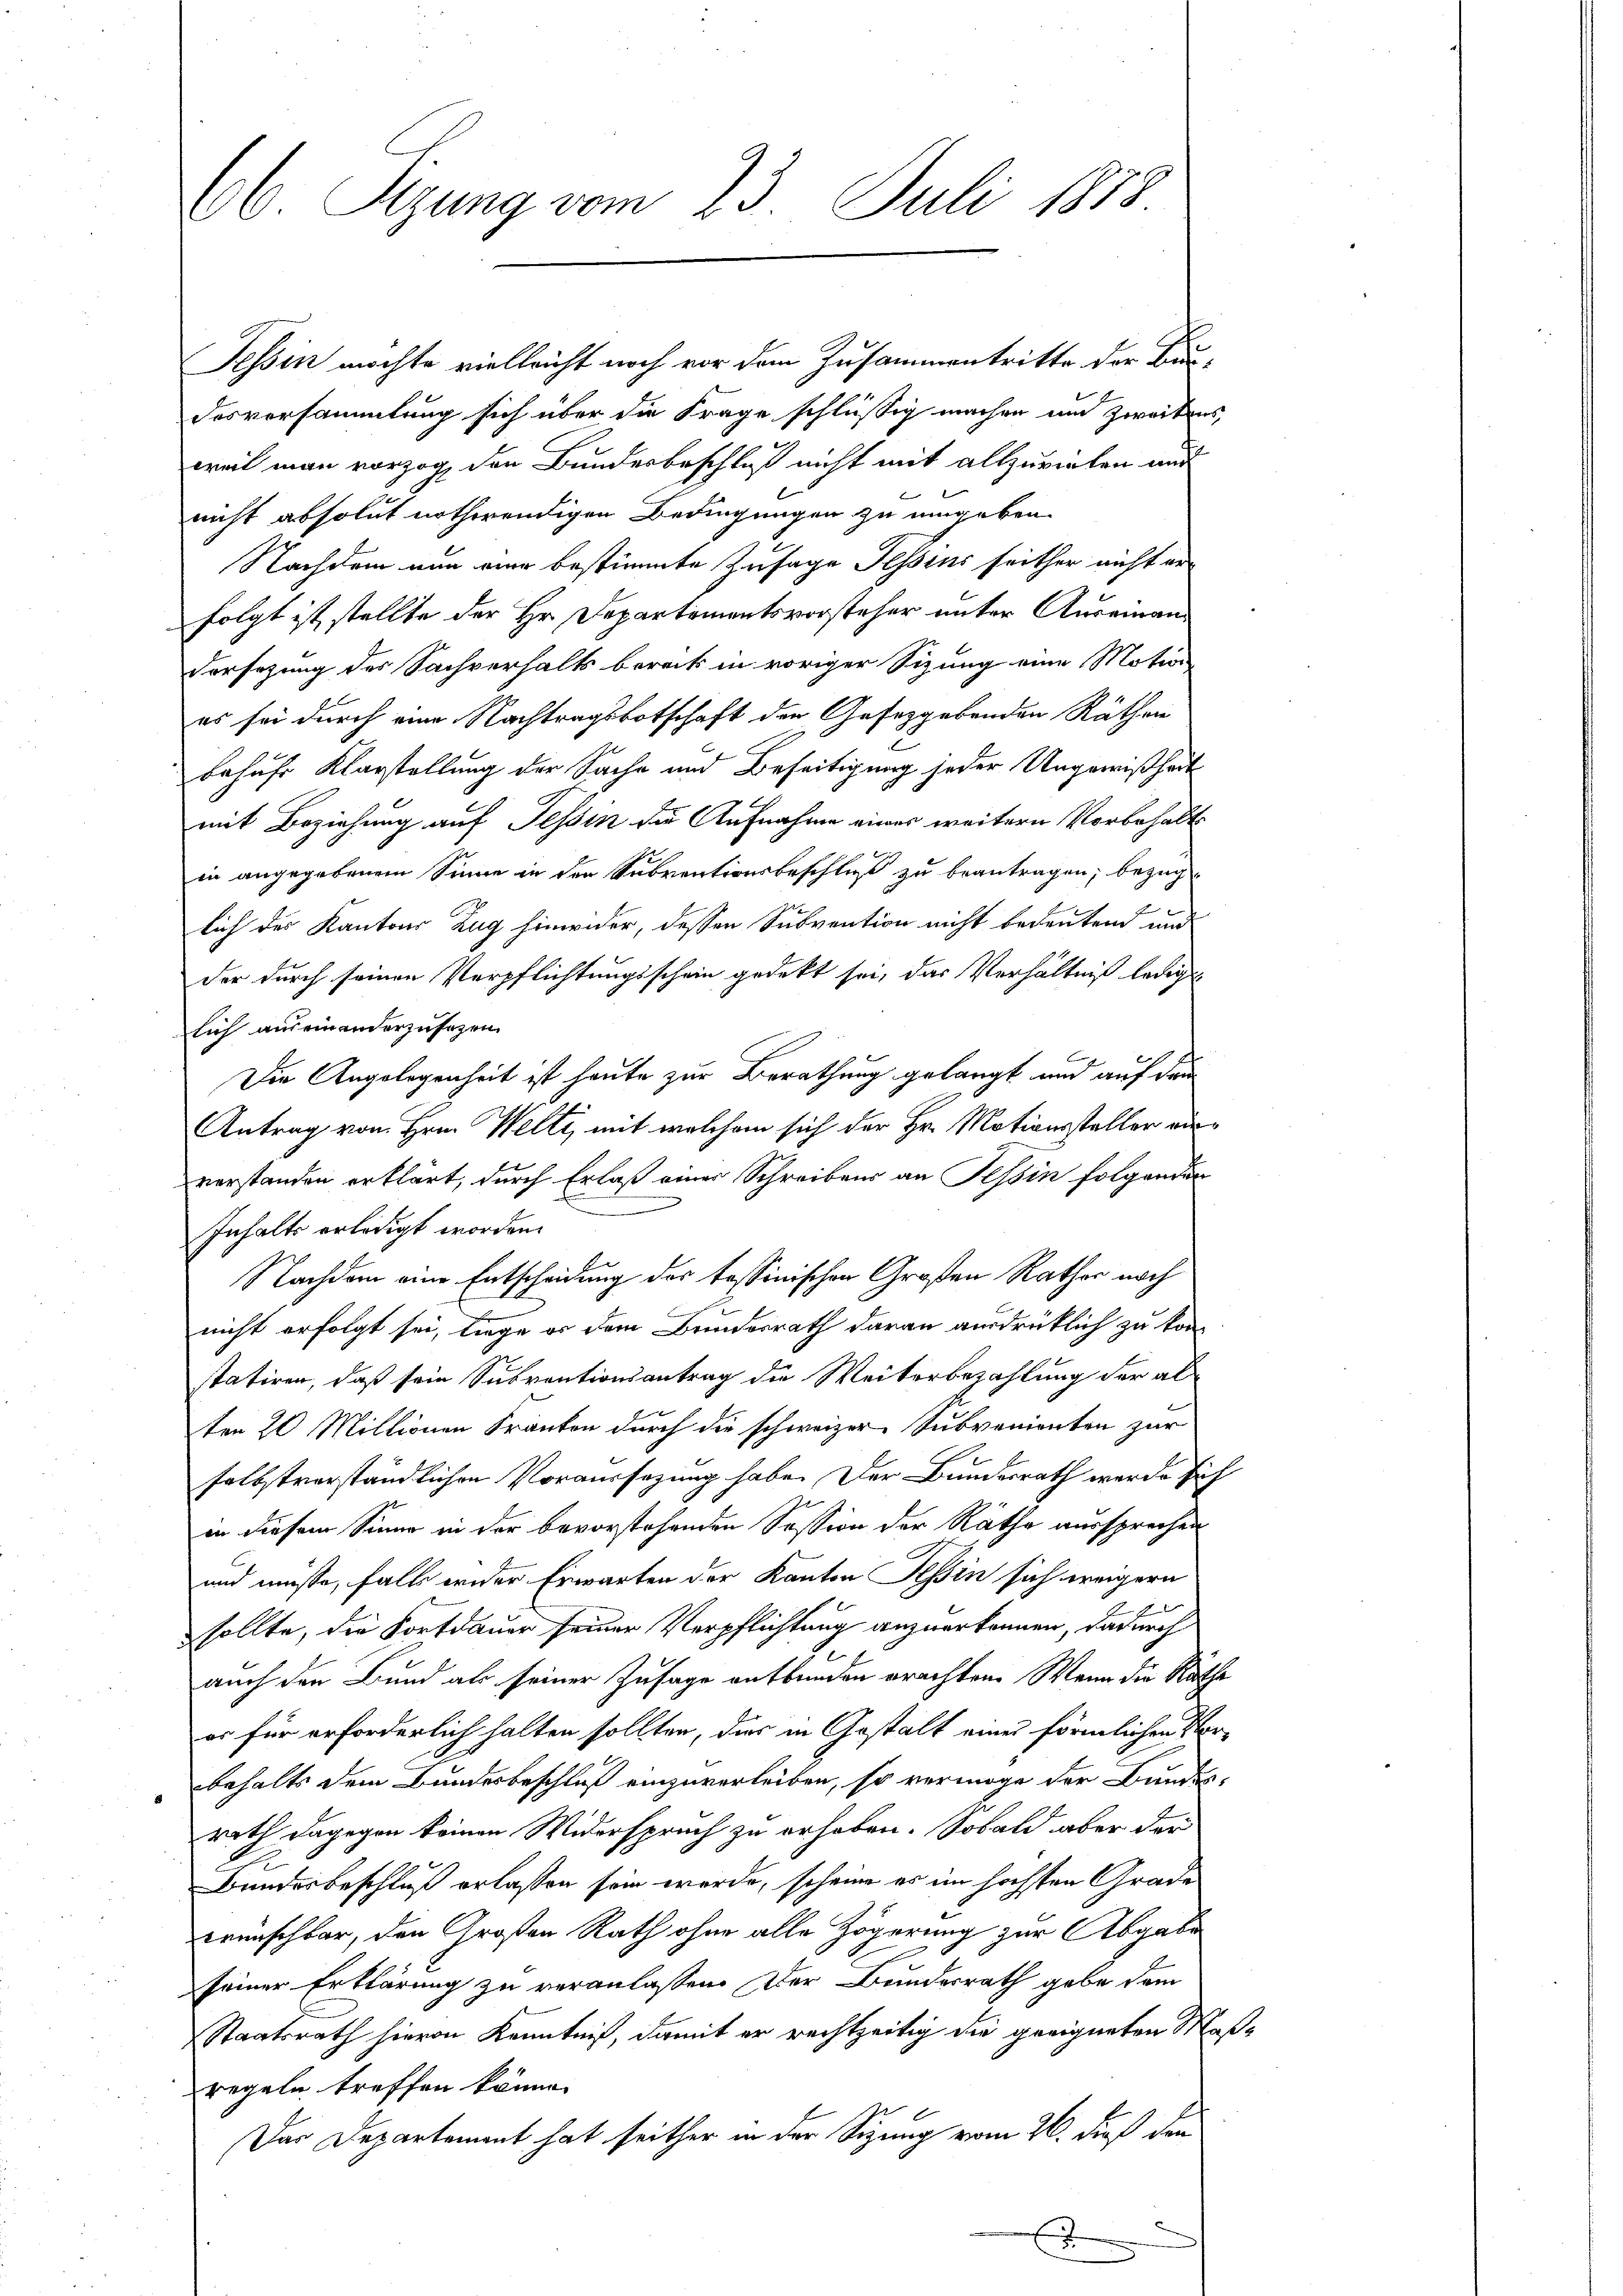
desversammlung sich über die Frage schlüssig machen und zweitens,
weil man vorzog, den Bundesbeschluß nicht mit allzuvielen auf
nicht absolut nothwendigen Bedingungen zu umgeben.
Nachdem nun vier bestimmte Zusage Hessens seither nicht erfolgt ist stellte der Hr. Departementsvorsteher unter Auseinan¬
Versezung des Sachverhalts bereck in voriger Sitzung eine Motion
es sei durch eine Nachtragsbotschaft der Gesezgebenden Räthen
behufe Klarstellung der Sache und Beseitigung jeder Ungewißheit
mit Beziehung auf Tessin die Aufnahme einer weitern Vorbehaltsin angegebenem Sinne in den Subventionsbeschluß zu beantragen; bezug
lich der Kantons Zug hinwider, dessen Subvention nicht bedeutend und
der durch seinen Verpflichtungsschein gedekt sei, das Verhältniß ledig
lich aus einanderzusagen.
Die Angelegenheit ist heute zur Berathung gelangt und auf den
Antrag von Hrn. Welti, mit welchem sich der Hr. Motionssteller vorvorstanden erklärt, durch Erlaß einer Schreibens an Tessin folgenden
e
Inhalts erledigt worden.
Nachdem eine Entscheidung der Tessinischen Großen Rathes noch
2
nicht erfolgt sei, liege es dem Bundesrath daran ausdrücklich zu konstatiren, daß sein Subventionsantrag die Weiterbezahlung der al
ten 20 Millionen Kranken durch die schweizer Subvenienten zur
selbstverständlichen Voraussezung habe. Der Bundesrath werde sich
in diesem Sinne in der bevorstehenden Session der Räthe aussprechen
und müsse, falls wider Erwarten der Kanton Tessin sich weigern
sollte, die Fortdauer seiner Verpflichtung anzuerkennen, dadurch
auch den Bund als seiner Zusage entbunden erachten. Wenn die Räthe
er für erforderlich halten sollten, dies in Gestalt eines förmlichen Vorbehalts dem Bundesbeschluß einzuverleiben, so vermöge der Bundes-
rath dagegen keinen Widerspruch zu erhoben. Sobald aber der
Bundesbeschluß erlassen sein werde, scheine es im höchsten Grade
wünschbar, den Großen Rath ohne alle Zögerung zur Abgabe
seiner Erklärung zu veranlassen. Der Bundesrath gabe dem
Staatsrath hievon Kenntniß, damit er rechtzeitig die geeigneten Maßregeln treffen könne.
Das Departement hat seither in der Sitzung vom 26. dieß den
.

66 Sizung vom 23. Juli 1883.

Tessin möchte vielleicht noch vor dem Zusammentritte der Bau¬